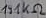
Text: 131KΩ